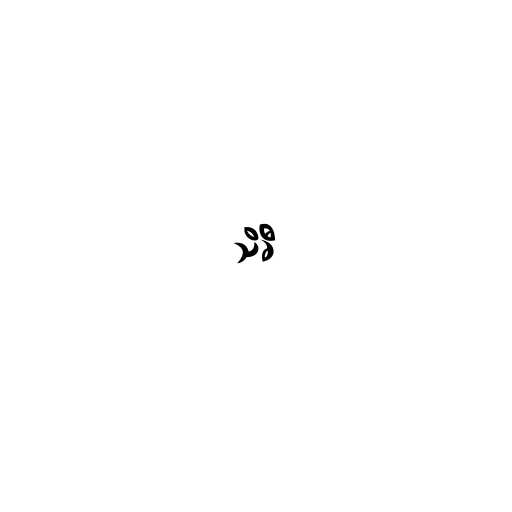
သိခီ